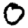
Digit: 0